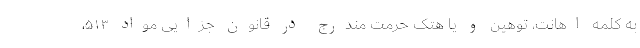
به کلمه اهانت، توهین و یا هتک حرمت مندرج در قانون جزایی مواد ۵۱۳،